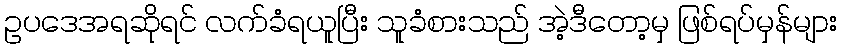
ဥပဒေအရဆိုရင် လက်ခံရယူပြီး သူခံစားသည် အဲ့ဒီတော့မှ ဖြစ်ရပ်မှန်များ